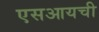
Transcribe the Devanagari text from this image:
एसआयची